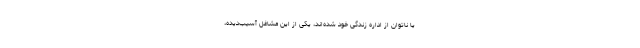
یا ناتوان از اداره زندگی خود شده‌اند، یکی از این مشاغل آسیب‌دیده،